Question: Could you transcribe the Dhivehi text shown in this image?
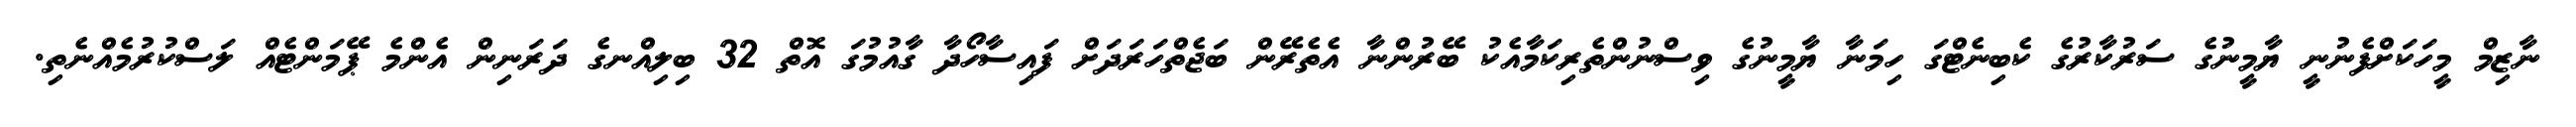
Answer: ނާޒިމް މީހަކަށްފެނުނީ ޔާމީނުގެ ސަރުކާރުގެ ކެބިނެޓްގަ ހިމަނާ ޔާމީނުގެ ވިސްނުންތެރިކަމާއެކު ބޭރުންނާ އެތެރޭން ބަޖެތްހަރަދަށް ފައިސާހޯދާ ގާއުމުގަ އޮތް 32 ބިލިއްނގެ ދަރަނިން އެންމެ ޕޭމަންޓެއް ލަސްކުރުމެއްނެތި.